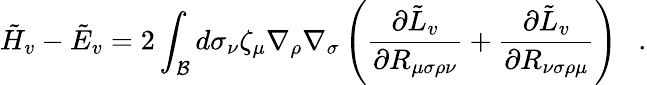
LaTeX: \tilde{H}_{v}-\tilde{E}_{v}=2\int_{\cal B}d\sigma_{\nu}\zeta_{\mu}\nabla_{\rho}\nabla_{\sigma}\left({\frac{\partial{\tilde{L}}_{v}}{\partial R_{\mu\sigma\rho\nu}}}+{\frac{\partial{\tilde{L}}_{v}}{\partial R_{\nu\sigma\rho\mu}}}\right)~~~.